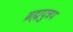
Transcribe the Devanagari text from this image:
ब्रह्मपुत्रप